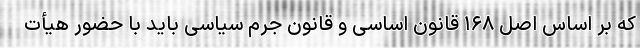
که بر اساس اصل ۱۶۸ قانون اساسی و قانون جرم سیاسی باید با حضور هیأت